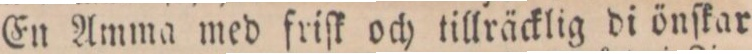
En Amma med friſk och tillräcklig di önſkar